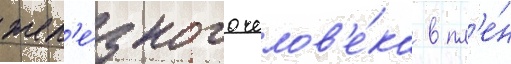
жел'е́зного челов'е́ка в пл'е́н